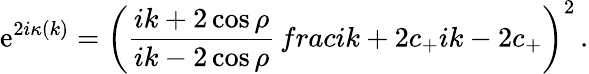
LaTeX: \mathrm{e}^{2i\kappa(k)}=\left(\frac{{ik+2\cos\rho}}{{ik-2\cos\rho}}\, frac{ik+2c_{+}}{ik-2c_{+}}\right)^{2}\, .